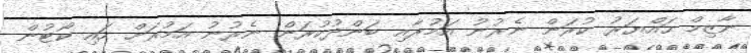
ނާޒިމް ހައްޔަރު ކުރަން ނެރުނު އަމުރާއި ބަންދުކުރަން ނެރުނު އަމުރަށް ހައި ކޯޓުން